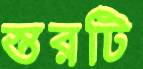
স্তরটি